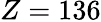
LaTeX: Z=136